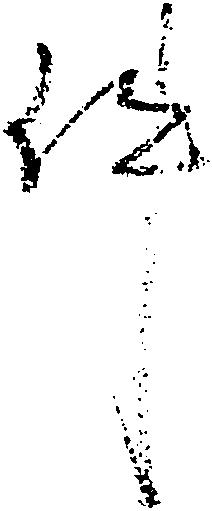
件